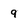
Character: 9